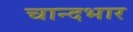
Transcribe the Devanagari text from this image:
चान्दभार